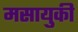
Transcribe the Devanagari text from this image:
मसायुकी